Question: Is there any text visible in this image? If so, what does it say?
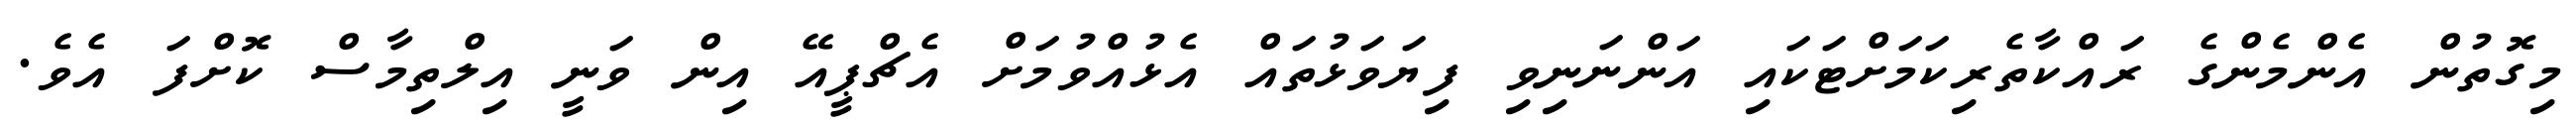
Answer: މިގޮތުން އެންމެންގެ ރައްކާތެރިކަމަށްޓަކައި އަންނަނިވި ފިޔަވަޅުތައް އެޅުއްވުމަށް އެޗްޕީއޭ އިން ވަނީ އިލްތިމާސް ކޮށްފަ އެވެ.